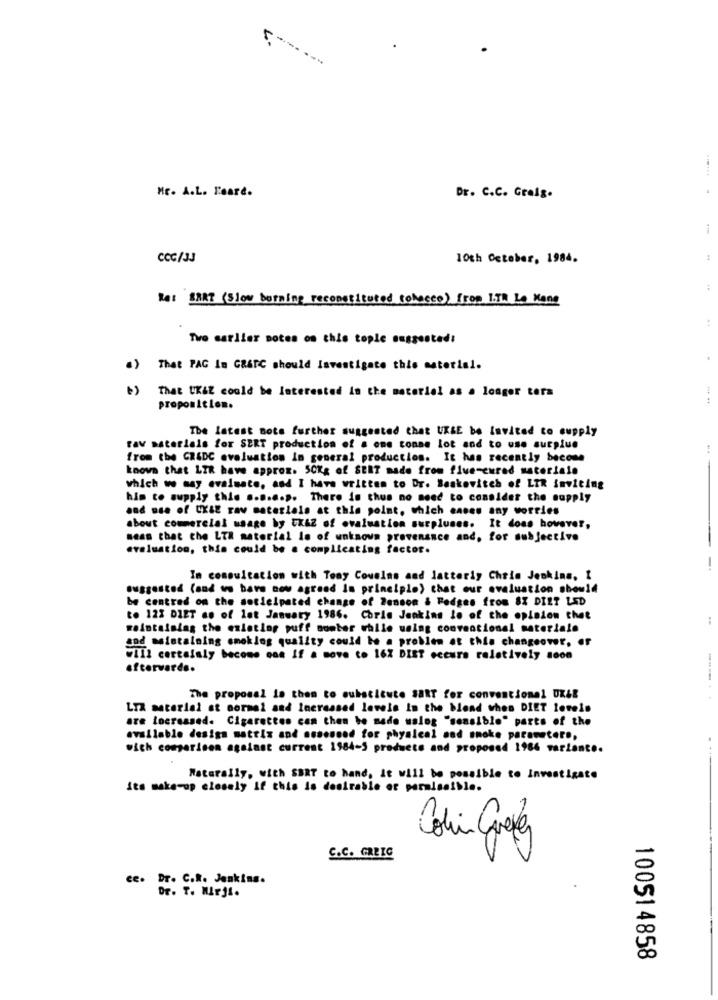
HE. A.L. Feare.
Dr. C.C. Graig.
i
CCC/3J
10th October, 1984.
:
:
Re: BRAT (Slow burning reconstituted tobacco) from 1.TR La Mano
:
Two carlier notes on this tople suggested:
4) That PAG In GRATC should Investigate this material.
That UKAZ could be Interested in the material as a longer tors
proposition.
The latest note further suggested that UKKE be Invited to supply
raw materials for SERT production of a one conne lot and to use surplue
from the GRIDC evaluation In general production. It has recently become
koova that LIR have approx. 50Kg of SENT made from flue-cured materiale
which w say evaluate, and I have written to Dr. Beskovitch of LTR inviting
him to supply this ...... p. There is thus no need to consider the supply
and use of UX&E raw materials at this point, which enses any worries
about commercial usage by UKAZ of evaluation surpluses. It does however,
seas that the LTA material le of unknown provenance and, for subjective
evaluation, this could be a complicating factor.
-
In consultation with Tony Cousins and latteriy Chris Jenkins, I
suggested (and wo bare now agrand In principle) that our evaluation show14
be centred on the sotleipated change of Benson & Fedges from 8X DIET LED
to 12% DIET ao of lot January 1986. Corle Jenkins lo of the opinion that
maintaining the exlatlos puff somber while using conventional materiale
sod maintaining smoklog quality could be a problem at this changeover, er
VIII certainly become one If a move to 16X DIET cceura relatively soon
afterwards.
The proposal le them to substitute SART for conventional UKER
LIX material st normal and Increased levels In the blend thes DIET levels
are locreased. Cigarettes can then be made walog "sensible" parts of the
available design mattix and assessed for physical and smoke parameters,
wich comparison against current 1984-5 products and proposed 1986 variante.
Naturally, with SBRT to hand, it will be possible to Investigate
ita make-up closely if this is desirable or permissible.
Colin Grefes
C.C. GRBIC
ce. Dr. C.R. Jenkins.
Dr. T. Mirji.
10051 4858